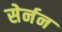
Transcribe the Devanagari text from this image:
सेर्नन